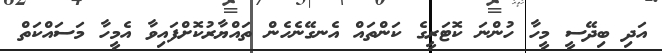
އަދި ބިދޭސީ މީހާ ހުންނަ ކޮޓަރީގެ ކަންތައް އެނގޭނެހެން ތައްޔާރުކޮށްފައިވާ އެމީހާ މަސައްކަތް